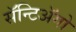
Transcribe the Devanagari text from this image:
सॅन्टिॲगो